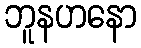
ဘူနဟနော